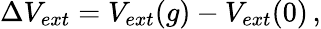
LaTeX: \begin{array}{r}{\Delta V_{ext}=V_{ext}(g)-V_{ext}(0)\, ,}\end{array}